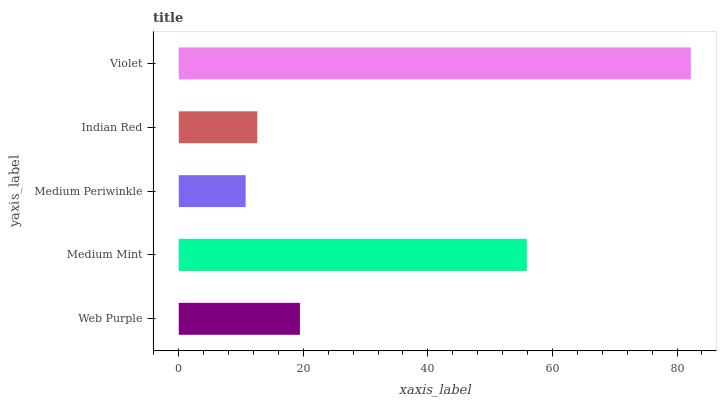
| yaxis_label | bars |
 | --- | --- |
 | Web Purple | 19.5 |
 | Medium Mint | 55.9 |
 | Medium Periwinkle | 10.7 |
 | Indian Red | 12.6 |
 | Violet | 82.2 |